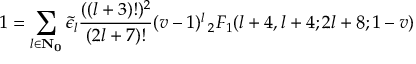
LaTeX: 1 = \sum _ { l \in \bf { N } _ { 0 } } \tilde { \epsilon } _ { l } \frac { ( ( l + 3 ) ! ) ^ { 2 } } { ( 2 l + 7 ) ! } ( v - 1 ) ^ { l } \, _ { 2 } F _ { 1 } ( l + 4 , l + 4 ; 2 l + 8 ; 1 - v )